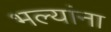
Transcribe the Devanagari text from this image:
भल्यांना